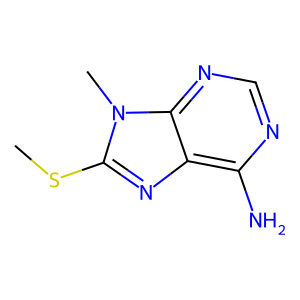
SMILES: CSc1nc2c(N)ncnc2n1C
Inhibits HIV replication: No